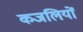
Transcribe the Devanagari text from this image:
कजलियों